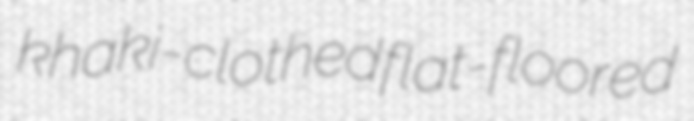
khaki-clothed flat-floored